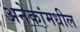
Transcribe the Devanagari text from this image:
अनेकांमधील